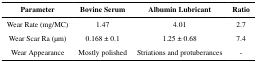
<table><thead><tr><td><b>Parameter</b></td><td><b>Bovine Serum</b></td><td><b>Albumin Lubricant</b></td><td><b>Ratio</b></td></tr></thead><tbody><tr><td>Wear Rate (mg/MC)</td><td>1.47</td><td>4.01</td><td>2.7</td></tr><tr><td>Wear Scar Ra (μm)</td><td>0.168 ± 0.1</td><td>1.25 ± 0.68</td><td>7.4</td></tr><tr><td>Wear Appearance</td><td>Mostly polished</td><td>Striations and protuberances</td><td>-</td></tr></tbody></table>